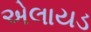
એલાયડ